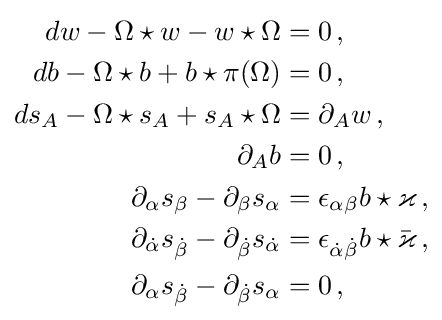
{\begin{aligned}dw-\Omega \star w-w\star \Omega &=0\,,\\db-\Omega \star b+b\star \pi (\Omega )&=0\,,\\ds_{A}-\Omega \star s_{A}+s_{A}\star \Omega &=\partial _{A}w\,,\\\partial _{A}b&=0\,,\\\partial _{\alpha }s_{\beta }-\partial _{\beta }s_{\alpha }&=\epsilon _{\alpha \beta }b\star \varkappa \,,\\\partial _{\dot {\alpha }}s_{\dot {\beta }}-\partial _{\dot {\beta }}s_{\dot {\alpha }}&=\epsilon _{{\dot {\alpha }}{\dot {\beta }}}b\star {\bar {\varkappa }}\,,\\\partial _{\alpha }s_{\dot {\beta }}-\partial _{\dot {\beta }}s_{\alpha }&=0\,,\end{aligned}}